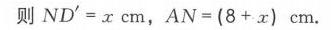
则\(ND' = x\mathrm{cm}\)，\(AN=(8 + x)\mathrm{cm}\).